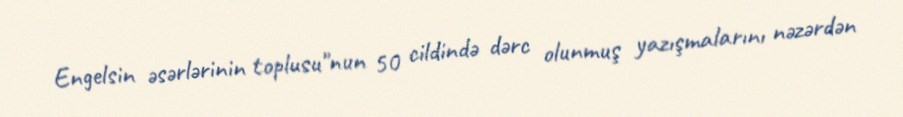
Engelsin əsərlərinin toplusu"nun 50 cildində dərc olunmuş yazışmalarını nəzərdən